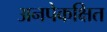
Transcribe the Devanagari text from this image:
अनपेकक्षित